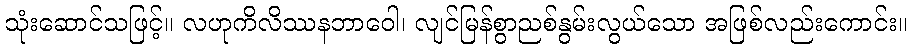
သုံးဆောင်သဖြင့်။ လဟုကိလိဿနဘာဝေါ၊ လျင်မြန်စွာညစ်နွမ်းလွယ်သော အဖြစ်လည်းကောင်း။